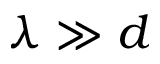
\lambda \gg d